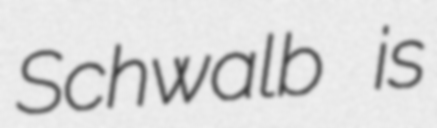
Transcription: Schwalb is